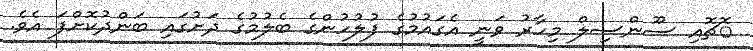
ޮޗޮއި ސޫންސިލް މިހާރު ވަނީ އެގައުމުގެ ފުލުހުންގެ ބެލުމުގެ ދަށުގައި ބަންދުކޮށްފަ އެވެ.